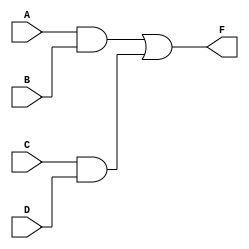
`timescale 1ns / 1ps
//////////////////////////////////////////////////////////////////////////////////
// Company: 
// Engineer: 
// 
// Design Name: 
// Module Name: Lab2_Part1
// Project Name: 
// Target Devices: 
// Tool Versions: 
// Description: 
// 
// Dependencies: 
// 
// Revision:
// Revision 0.01 - File Created
// Additional Comments:
// 
//////////////////////////////////////////////////////////////////////////////////


module Lab2_Part1(
    input A,
    input B,
    input C,
    input D,
    output F
    
    );
    wire G, H;
    and(G, A, B);
    and(H, C, D);
    or(F, G, H);
    
endmodule
module Lab2_Part1_testbench;
    wire F; //output from module
    reg A, B, C, D; //inputs to module
    //TODO - Instantiate module under A 
    Lab2_Part1  dut(A,B,C,D,F);
    initial begin
    A = 1'b0; B = 1'b0; C = 1'b0; D = 1'b0;
    #10;
    A = 1'b0; B = 1'b0; C = 1'b0; D = 1'b1;
    #10;
    A = 1'b0; B = 1'b0; C = 1'b1; D = 1'b0;
    #10;
    A = 1'b0; B = 1'b0; C = 1'b1; D = 1'b1;
    #10;     
    A = 1'b0; B = 1'b1; C = 1'b0; D = 1'b0;
    #10; 
    A = 1'b0; B = 1'b1; C = 1'b0; D = 1'b1;
    #10;            
    A = 1'b0; B = 1'b1; C = 1'b1; D = 1'b0;
    #10; 
    A = 1'b0; B = 1'b1; C = 1'b1; D = 1'b1;
    #10; 
    A = 1'b1; B = 1'b0; C = 1'b0; D = 1'b0;
    #10; 
    A = 1'b1; B = 1'b0; C = 1'b0; D = 1'b1;
    #10;
    A = 1'b1; B = 1'b0; C = 1'b1; D = 1'b0;
    #10;
    A = 1'b1; B = 1'b0; C = 1'b1; D = 1'b1;
    #10;
    A = 1'b1; B = 1'b1; C = 1'b0; D = 1'b0;
    #10;
    A = 1'b1; B = 1'b1; C = 1'b0; D = 1'b1;
    #10;
    A = 1'b1; B = 1'b1; C = 1'b1; D = 1'b0;
    #10;
     A = 1'b1; B = 1'b1; C = 1'b1; D = 1'b1;
    #10;
    end
    
endmodule